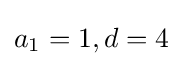
a_{1}=1,d=4